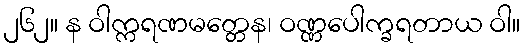
၂၆၂။ န ဝါက္ကရဏမတ္တေန၊ ဝဏ္ဏပေါက္ခရတာယ ဝါ။